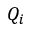
Q _ { i }